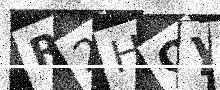
Text: R2HQYV